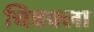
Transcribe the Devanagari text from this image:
चित्रक्ला